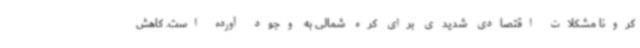
کرونا مشکلات اقتصادی شدیدی برای کره شمالی به وجود آورده است. کاهش